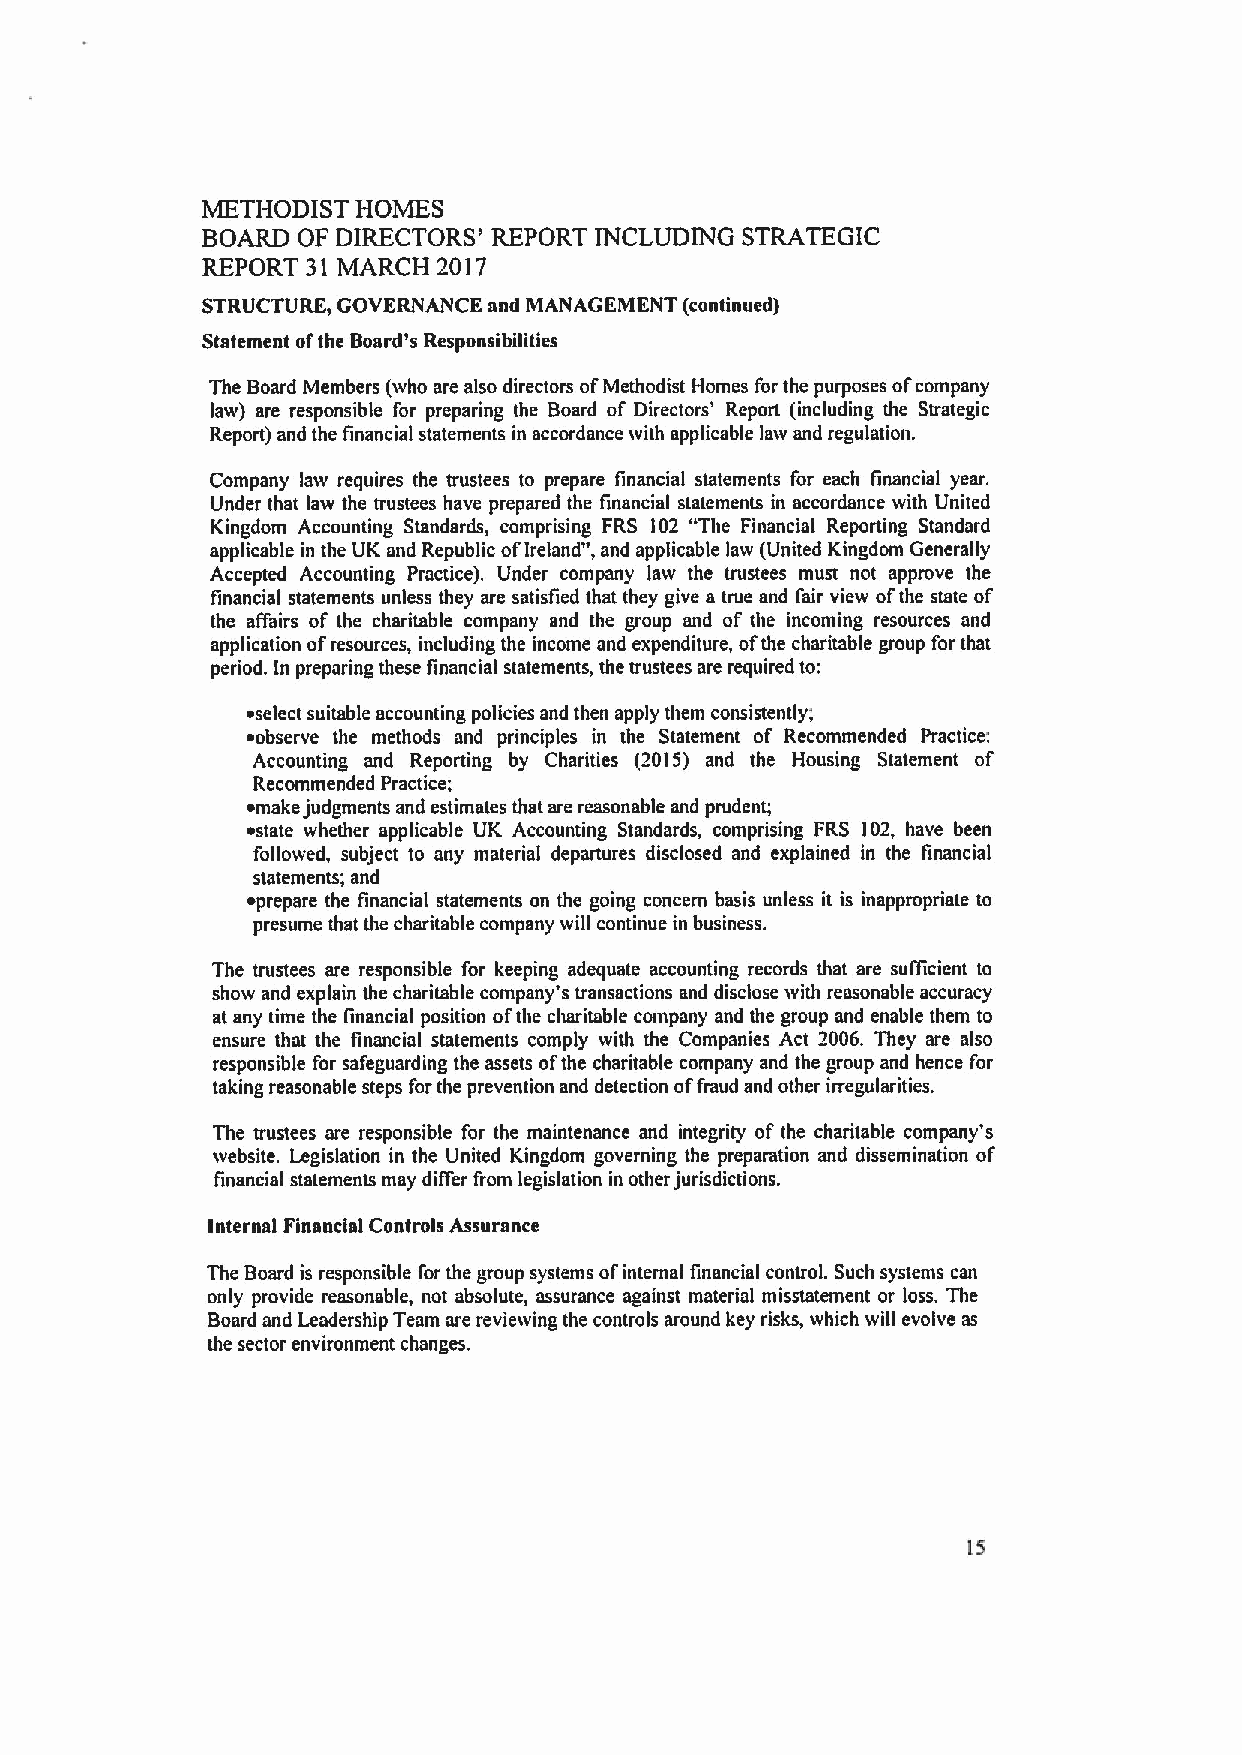
METHODIST  HOMES
 BOARD  OF DIRECTORS' REPORT INCLUDING STRATEGIC
 REPORT 31 MARCH 2017
 STRUCTURE, GOVERNANCE and MANAGEMENT (continued)
 Statement ofthe Board's Responsibilities
 The Board Members (who are also directors ofMethodist Homes for the purposes ofcompany
 law) are responsible for preparing the Board of Directors' Report (including the Strategic
 Report) and the financial statements in accordance with applicable law and regulation.
 Company law requires the trustees to prepare financial statements for each financial year.
 Under that law the trustees have prepared the financial statements in accordance with United
 Kingdom Accounting Standards, comprising FRS l02 "The Financial Reporting Standard
 applicable in the UK and Republic ofIreland", and applicable law (United Kingdom Generally
 Accepted Accounting Practice). Under company law the trustees must not approve the
 financial statements unless they are satisfied that they give a true and fair view ofthe state of
 the affairs of the charitable company and the group and of the incoming resources and
 application ofresources, including the income and expenditure, ofthe charitable group for that
 period. In preparing these financial statements, the trustees are required to:
 ~select suitable accounting policies and then apply them consistently;
 ~observe the methods and principles in the Statement of Recommended Practice:
 Accounting and Reporting by Charities (2015) and the Housing Statement of
 Recommended Practice;
 ~make judgments and estimates that are reasonable and prudent;
 ~state whether applicable UK Accounting Standards, comprising FRS I02, have been
 followed, subject to any material departures disclosed and explained in the linancial
 statements; and
 ~prepare the financial statements on the going concern basis unless it is inappropriate to
 presume that the charitable company will continue in business.
 The trustees are responsible for keeping adequate accounting records that are sufficient to
 show and explain the charitable company's transactions and disclose with reasonable accuracy
 at any time the financial position ofthe charitable company and the group and enable them to
 ensure that the financial statements comply with the Companies Act 2006. They are also
 responsible for safeguarding the assets ofthe charitable company and the group and hence for
 taking reasonable steps forthe prevention and detection offraud and other irregularities.
 The trustees are responsible for the maintenance and integrity of the charitable company's
 website. Legislation in the United Kingdom governing the preparation and dissemination of
 financial statements may differ from legislation in other jurisdictions.
 Internal Financial Controls Assurance
 The Board is responsible for the group systems ofinternal financial controL Such systems can
 only provide reasonable, not absolute, assurance against material misstatement or loss. The
 Board and Leadership Team are reviewing the controls around key risks, which will evolve as
 the sector environment changes.
 15